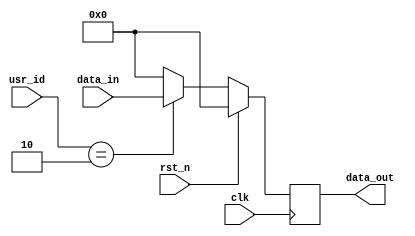
//copilot mean_prob: 0.7798766633454453
//This file was assembled by gen.py, written by redactedAuthorFirstname redactedAuthorLastname.
module user_locked_register(data_out, usr_id, data_in, clk, rst_n);
output reg [7:0] data_out;
input wire [1:0] usr_id;
input wire [7:0] data_in;
input wire clk, rst_n;

//write data_in to data_out only when usr_id is 2'h2
//-copilot next line-
//copilot mean_prob: 0.7798766633454453

always @(posedge clk) if (rst_n)
    data_out <= 0;
else if (usr_id == 2'h2)
    data_out <= data_in;
else
    data_out <= 0;


endmodule